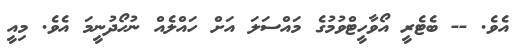
އެވެ. -- ބެޓެރީ އޯވާހީޓްވުމުގެ މައްސަލަ އަށް ހައްލެއް ނުހޯދުނީމަ އެވެ. މިއީ